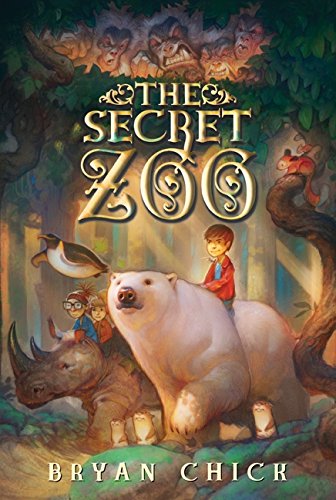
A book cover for The Secret Zoo; Bryan Chick; Children's Books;